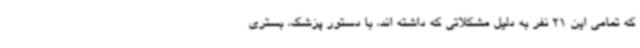
که تمامی این 21 نفر به دلیل مشکلاتی که داشته اند، با دستور پزشک، بستری